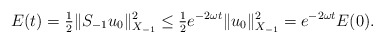
\begin{align*} E(t) = \tfrac{1}{2} \|S_{-1} u_{0}\|_{X_{-1}}^{2} \leq \tfrac{1}{2} e^{-2\omega t} \|u_{0}\|_{X_{-1}}^{2} = e^{-2\omega t} E(0). \end{align*}